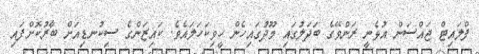
ފްލައިޓް ޖައްސަން އުޅެނީ ރަންވޭގެ ބަދަލުގައި މޫދުގައިހެން ހީވިކަހަލައެވެ. ކައިޒަންގެ ސިކުނޑިއަށް ބާރުކޮށްފައި